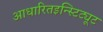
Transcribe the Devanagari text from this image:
आधारितइन्स्टिट्यूट